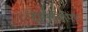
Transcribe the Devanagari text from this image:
होमकीपिंग